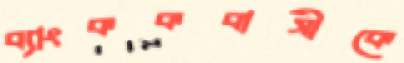
ব্যাংককবাসীকে